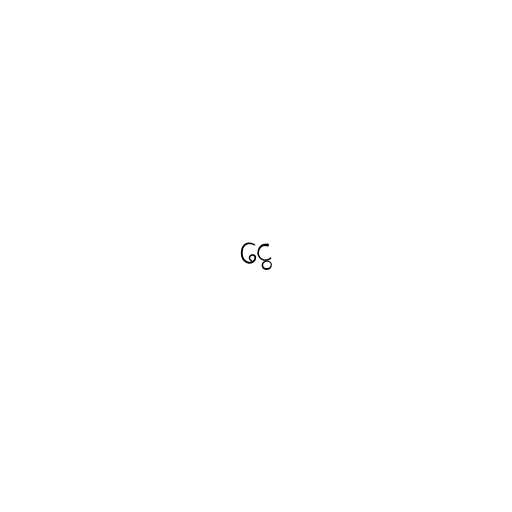
ငွေ